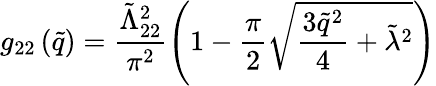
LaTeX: g_{22}\left(\tilde{q}\right)=\frac{\tilde{\Lambda}_{22}^{2}}{\pi^{2}}\left(1-\frac{\pi}{2}\sqrt{\frac{3\tilde{q}^{2}}{4}+\tilde{\lambda}^{2}}\right)